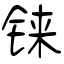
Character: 铼